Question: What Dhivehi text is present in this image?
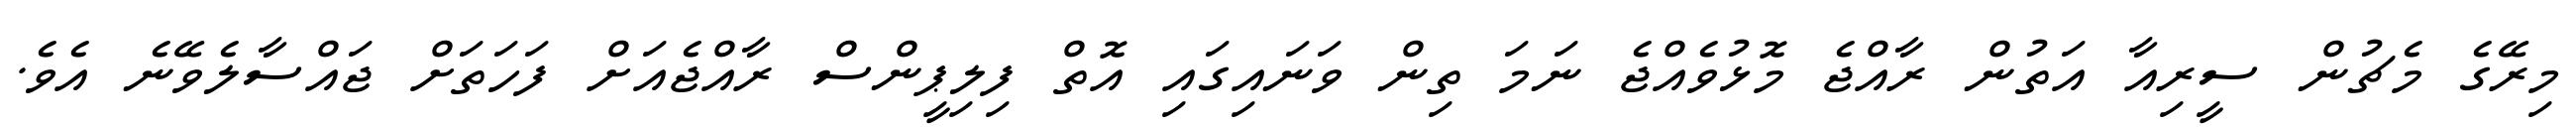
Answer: މިރޭގެ މެޗުން ސީރިއާ އަތުން ރާއްޖެ މޮޅުވެއްޖެ ނަމަ ތިން ވަނައިގައި އޮތް ފިލިޕީންސް ރާއްޖެއަށް ފަހަތަށް ޖައްސާލެވޭނެ އެވެ.